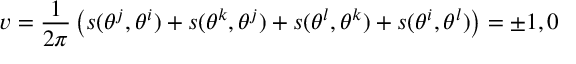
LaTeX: v = \frac 1 { 2 \pi } \left( s ( \theta ^ { j } , \theta ^ { i } ) + s ( \theta ^ { k } , \theta ^ { j } ) + s ( \theta ^ { l } , \theta ^ { k } ) + s ( \theta ^ { i } , \theta ^ { l } ) \right) = \pm 1 , 0